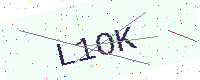
Text: L1OK